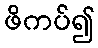
ဖိကပ်၍